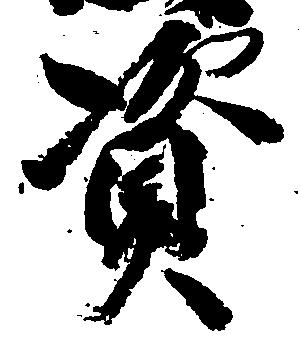
資